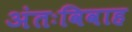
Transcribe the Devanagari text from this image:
अंतःविवाह